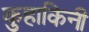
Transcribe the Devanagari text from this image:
कुहाकिनी